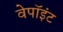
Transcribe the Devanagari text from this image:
वेपॉइंट